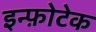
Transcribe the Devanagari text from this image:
इन्फ़ोटेक